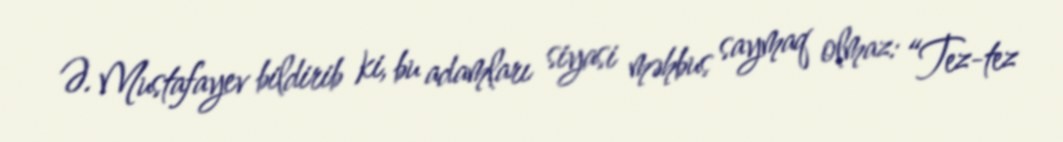
Ə. Mustafayev bildirib ki, bu adamları siyasi məhbus saymaq olmaz: “Tez-tez